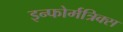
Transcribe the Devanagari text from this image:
इन्फोर्मत्रिक्स